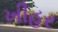
ખીહર